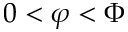
0 < \varphi < \Phi